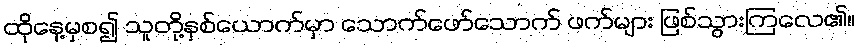
ထိုနေ့မှစ၍ သူတို့နှစ်ယောက်မှာ သောက်ဖော်သောက် ဖက်များ ဖြစ်သွားကြလေ၏။